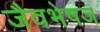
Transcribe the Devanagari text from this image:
जैवभेषज